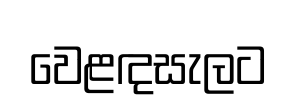
වෙළඳසැලට